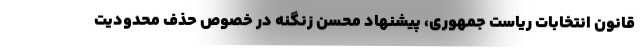
قانون انتخابات ریاست جمهوری، پیشنهاد محسن زنگنه در خصوص حذف محدودیت